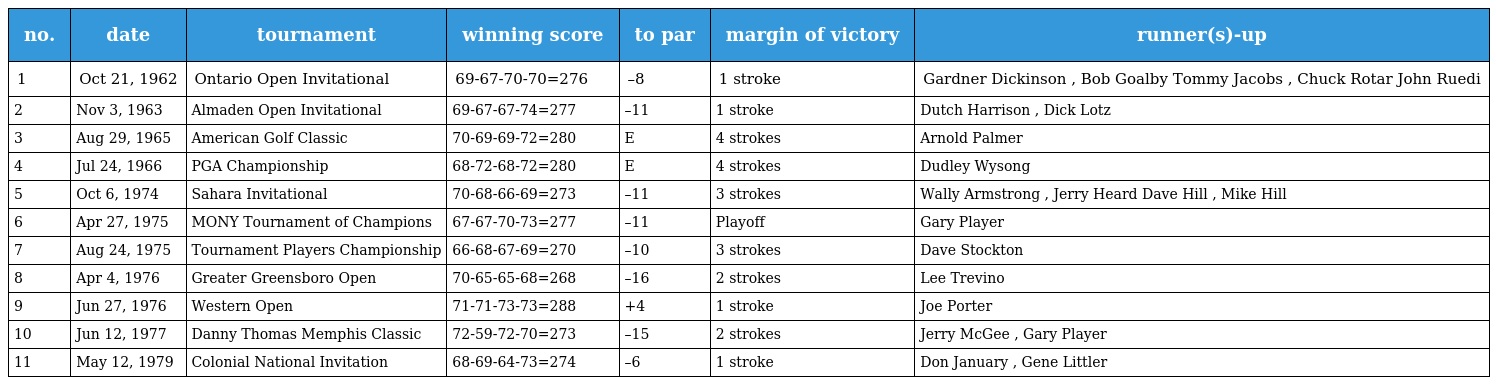
| no. | date | tournament | winning score | to par | margin of victory | runner(s)-up |
 | --- | --- | --- | --- | --- | --- | --- |
 | 1 | Oct 21, 1962 | Ontario Open Invitational | 69-67-70-70=276 | –8 | 1 stroke | Gardner Dickinson , Bob Goalby Tommy Jacobs , Chuck Rotar John Ruedi |
 | 2 | Nov 3, 1963 | Almaden Open Invitational | 69-67-67-74=277 | –11 | 1 stroke | Dutch Harrison , Dick Lotz |
 | 3 | Aug 29, 1965 | American Golf Classic | 70-69-69-72=280 | E | 4 strokes | Arnold Palmer |
 | 4 | Jul 24, 1966 | PGA Championship | 68-72-68-72=280 | E | 4 strokes | Dudley Wysong |
 | 5 | Oct 6, 1974 | Sahara Invitational | 70-68-66-69=273 | –11 | 3 strokes | Wally Armstrong , Jerry Heard Dave Hill , Mike Hill |
 | 6 | Apr 27, 1975 | MONY Tournament of Champions | 67-67-70-73=277 | –11 | Playoff | Gary Player |
 | 7 | Aug 24, 1975 | Tournament Players Championship | 66-68-67-69=270 | –10 | 3 strokes | Dave Stockton |
 | 8 | Apr 4, 1976 | Greater Greensboro Open | 70-65-65-68=268 | –16 | 2 strokes | Lee Trevino |
 | 9 | Jun 27, 1976 | Western Open | 71-71-73-73=288 | +4 | 1 stroke | Joe Porter |
 | 10 | Jun 12, 1977 | Danny Thomas Memphis Classic | 72-59-72-70=273 | –15 | 2 strokes | Jerry McGee , Gary Player |
 | 11 | May 12, 1979 | Colonial National Invitation | 68-69-64-73=274 | –6 | 1 stroke | Don January , Gene Littler |